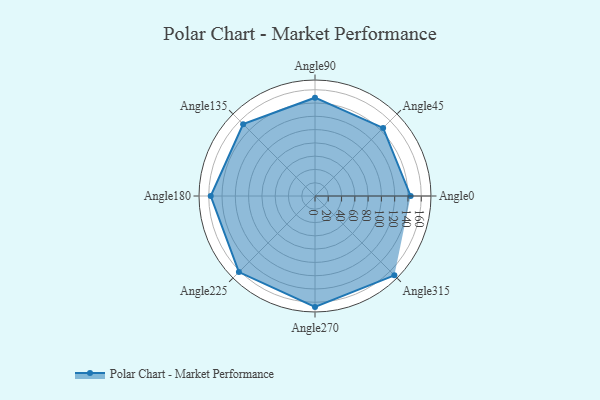
{"axis": {"x": "Angle", "y": "Radius"}, "legend": [""], "data": [{"x": "Angle0", "y": 144.0, "type": ""}, {"x": "Angle45", "y": 145.0, "type": ""}, {"x": "Angle90", "y": 148.0, "type": ""}, {"x": "Angle135", "y": 153.0, "type": ""}, {"x": "Angle180", "y": 157.0, "type": ""}, {"x": "Angle225", "y": 162.0, "type": ""}, {"x": "Angle270", "y": 167.0, "type": ""}, {"x": "Angle315", "y": 169.0, "type": ""}]}